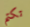
تكتم